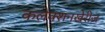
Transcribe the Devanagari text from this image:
कलेक्शनखेरीज